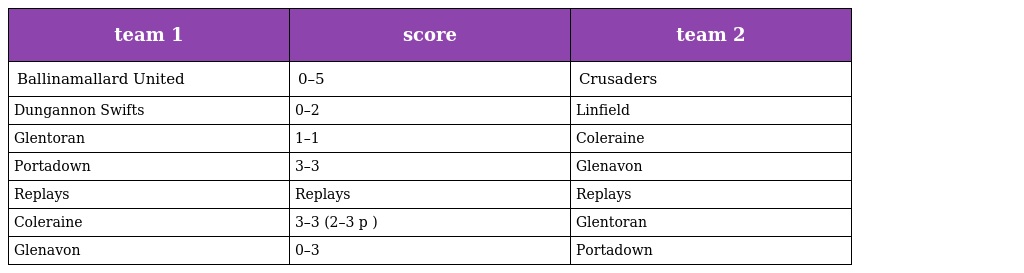
| team 1 | score | team 2 |
 | --- | --- | --- |
 | Ballinamallard United | 0–5 | Crusaders |
 | Dungannon Swifts | 0–2 | Linfield |
 | Glentoran | 1–1 | Coleraine |
 | Portadown | 3–3 | Glenavon |
 | Replays | Replays | Replays |
 | Coleraine | 3–3 (2–3 p ) | Glentoran |
 | Glenavon | 0–3 | Portadown |